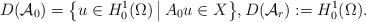
LaTeX: \begin{align*} D(\mathcal{A}_{0}) = \big\{u \in H^{1}_{0}(\Omega) \,\big|\, A_{0} u \in X\big\}, D(\mathcal{A}_{r}) := H^{1}_{0}(\Omega). \end{align*}